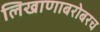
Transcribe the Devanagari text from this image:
लिखाणाबरोबरच